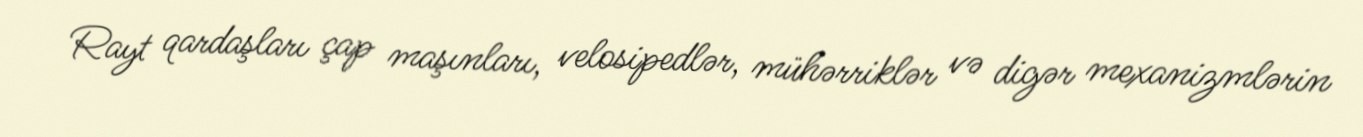
Rayt qardaşları çap maşınları, velosipedlər, mühərriklər və digər mexanizmlərin